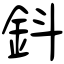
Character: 鈄